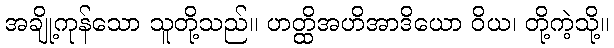
အချို့ကုန်သော သူတို့သည်။ ဟတ္ထိအဟိအာဒိယော ဝိယ၊ တို့ကဲ့သို့။